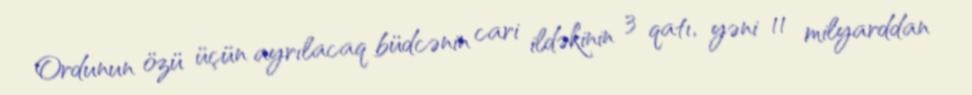
Ordunun özü üçün ayrılacaq büdcənin cari ildəkinin 3 qatı, yəni 11 milyarddan